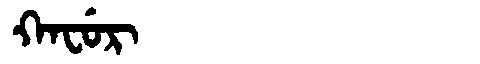
Manchu: ᡴᠠᠸᡠᡵ
Romanization: KAFUR